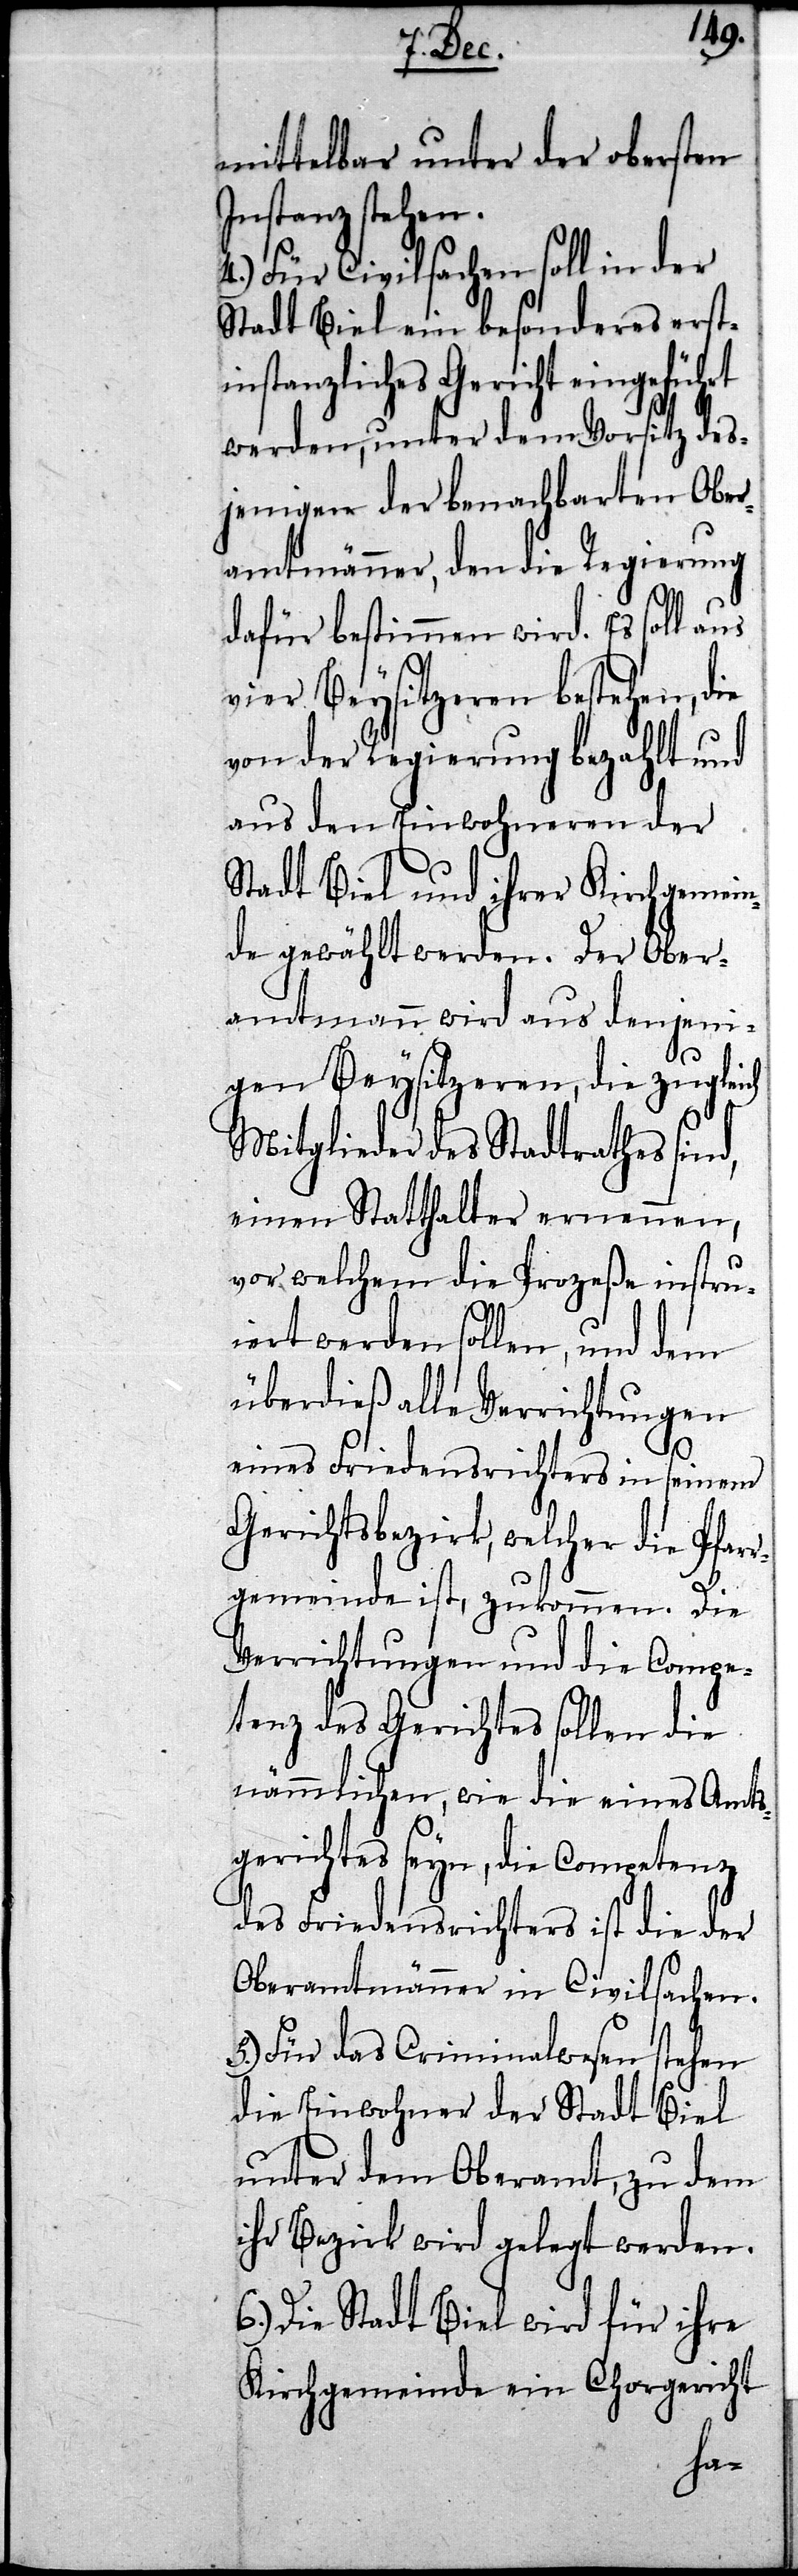
mittelbar unter der obersten
Instanz stehen.
4.) Für Civilsachen soll in der
Stadt Biel ein besonderes erst¬
instanzliches Gericht eingeführt
werden, unter dem Vorsitz des¬
jenigen der benachbarten Ober¬
amtmänner, den die Regierung
dafür bestimmen wird. Es soll aus
vier Beysitzeren bestehen, die
von der Regierung bezahlt und
aus den Einwohnern der
Stadt Biel und ihrer Kirchgemein¬
de gewählt werden. Der Ober¬
amtmann wird aus denjeni¬
gen Beysitzeren, die zugleich
Mitglieder des Stadtrathes
einen Statthalter ernennen,
vor welchem die Prozeße instru¬
iert werden sollen, und dem
überdieß alle Verrichtungen
eines Friedensrichters in seinem
Gerichtsbezirk, welcher die Pfar¬
rgemeinde ist, zukommen. Die
Verrichtungen und die Compe¬
tenz des Gerichtes sollen die
nämmlichen, wie die eines Amts¬
gerichtes seyn, die Competenz
des Friedensrichters ist die der
Oberamtmänner in Civilsachen.
5.) Für das Criminalwesen stehen
die Einwohner der Stadt Biel
unter dem Oberamt, zu dem
ihr Bezirk wird gelegt werden.
6.) Die Stadt Biel wird für ihre
Kirchgemeinde ein Chorgericht